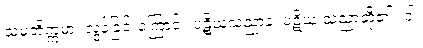
သမတိက္ကမာ၊ လွန်ခြင်းကြောင့်။ ပဋိဃသညာနံ၊ ပဋိဃ သညာတို့၏။ ဝါ၊